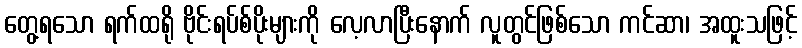
တွေ့ရသော ရက်ထရို ဗိုင်းရပ်စ်ပိုးများကို လေ့လာပြီးနောက် လူတွင်ဖြစ်သော ကင်ဆာ၊ အထူးသဖြင့်